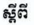
ស្ដីពី